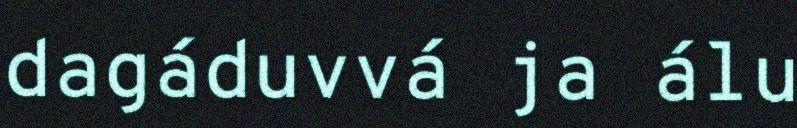
dagáduvvá ja álu